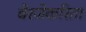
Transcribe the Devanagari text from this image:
बेरजेकरिता